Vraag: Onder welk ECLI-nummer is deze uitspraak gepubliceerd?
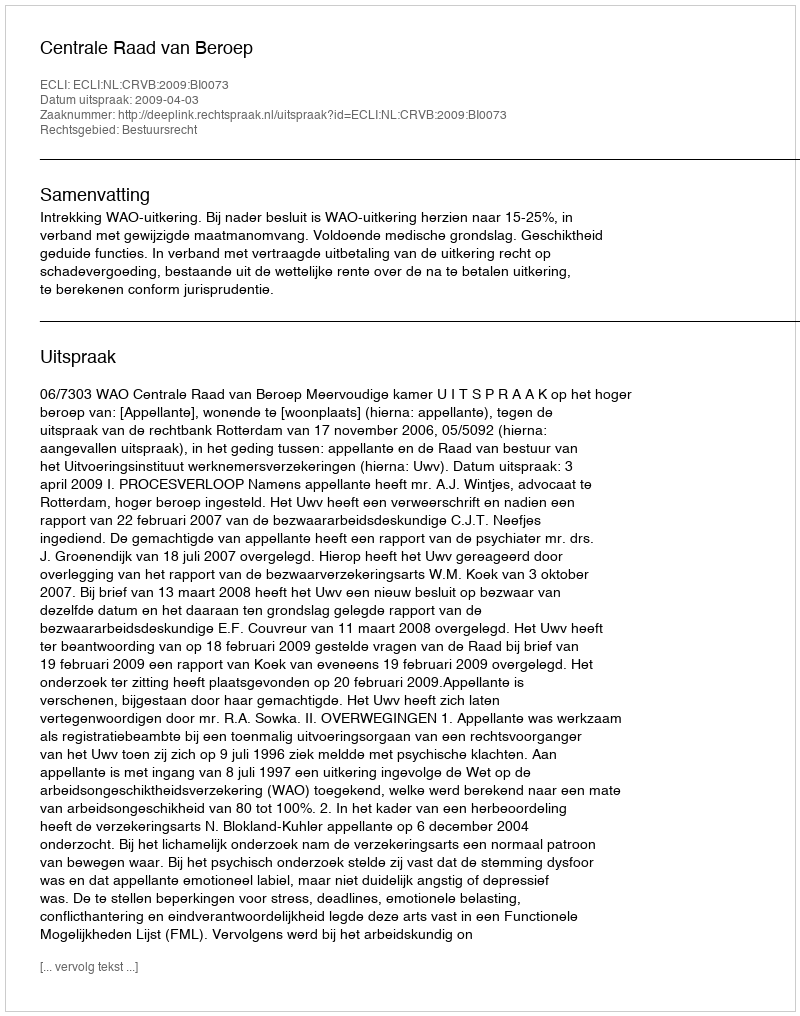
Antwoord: ECLI:NL:CRVB:2009:BI0073